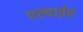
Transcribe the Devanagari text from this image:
एल्वाईव